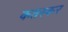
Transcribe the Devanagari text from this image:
कतरकर